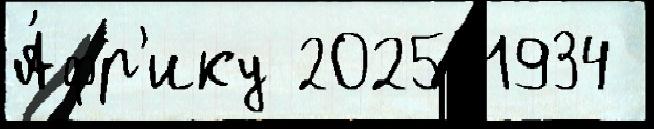
А́фр'ику 2025 1934